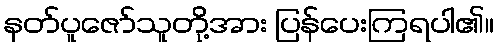
နတ်ပူဇော်သူတို့အား ပြန်ပေးကြရပါ၏။